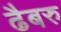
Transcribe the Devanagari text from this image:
ढैबरु